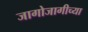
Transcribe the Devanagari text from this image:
जागोजागीच्या